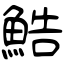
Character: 鯌